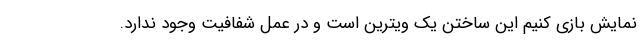
نمایش بازی کنیم این ساختن یک ویترین است و در عمل شفافیت وجود ندارد.